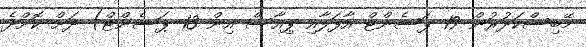
މޭބިސްކަދުރުން 19 ޕަސެންޓް އާފަލާއި ޕިއާސް އިން 13 ޕަސެންޓް) ދަށް ކޮށްދެ